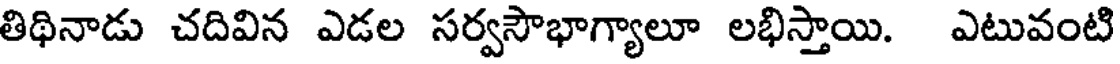
తిథినాడు చదివిన ఎడల సర్వసౌభాగ్యాలూ లభిస్తాయి. ఎటువంటి